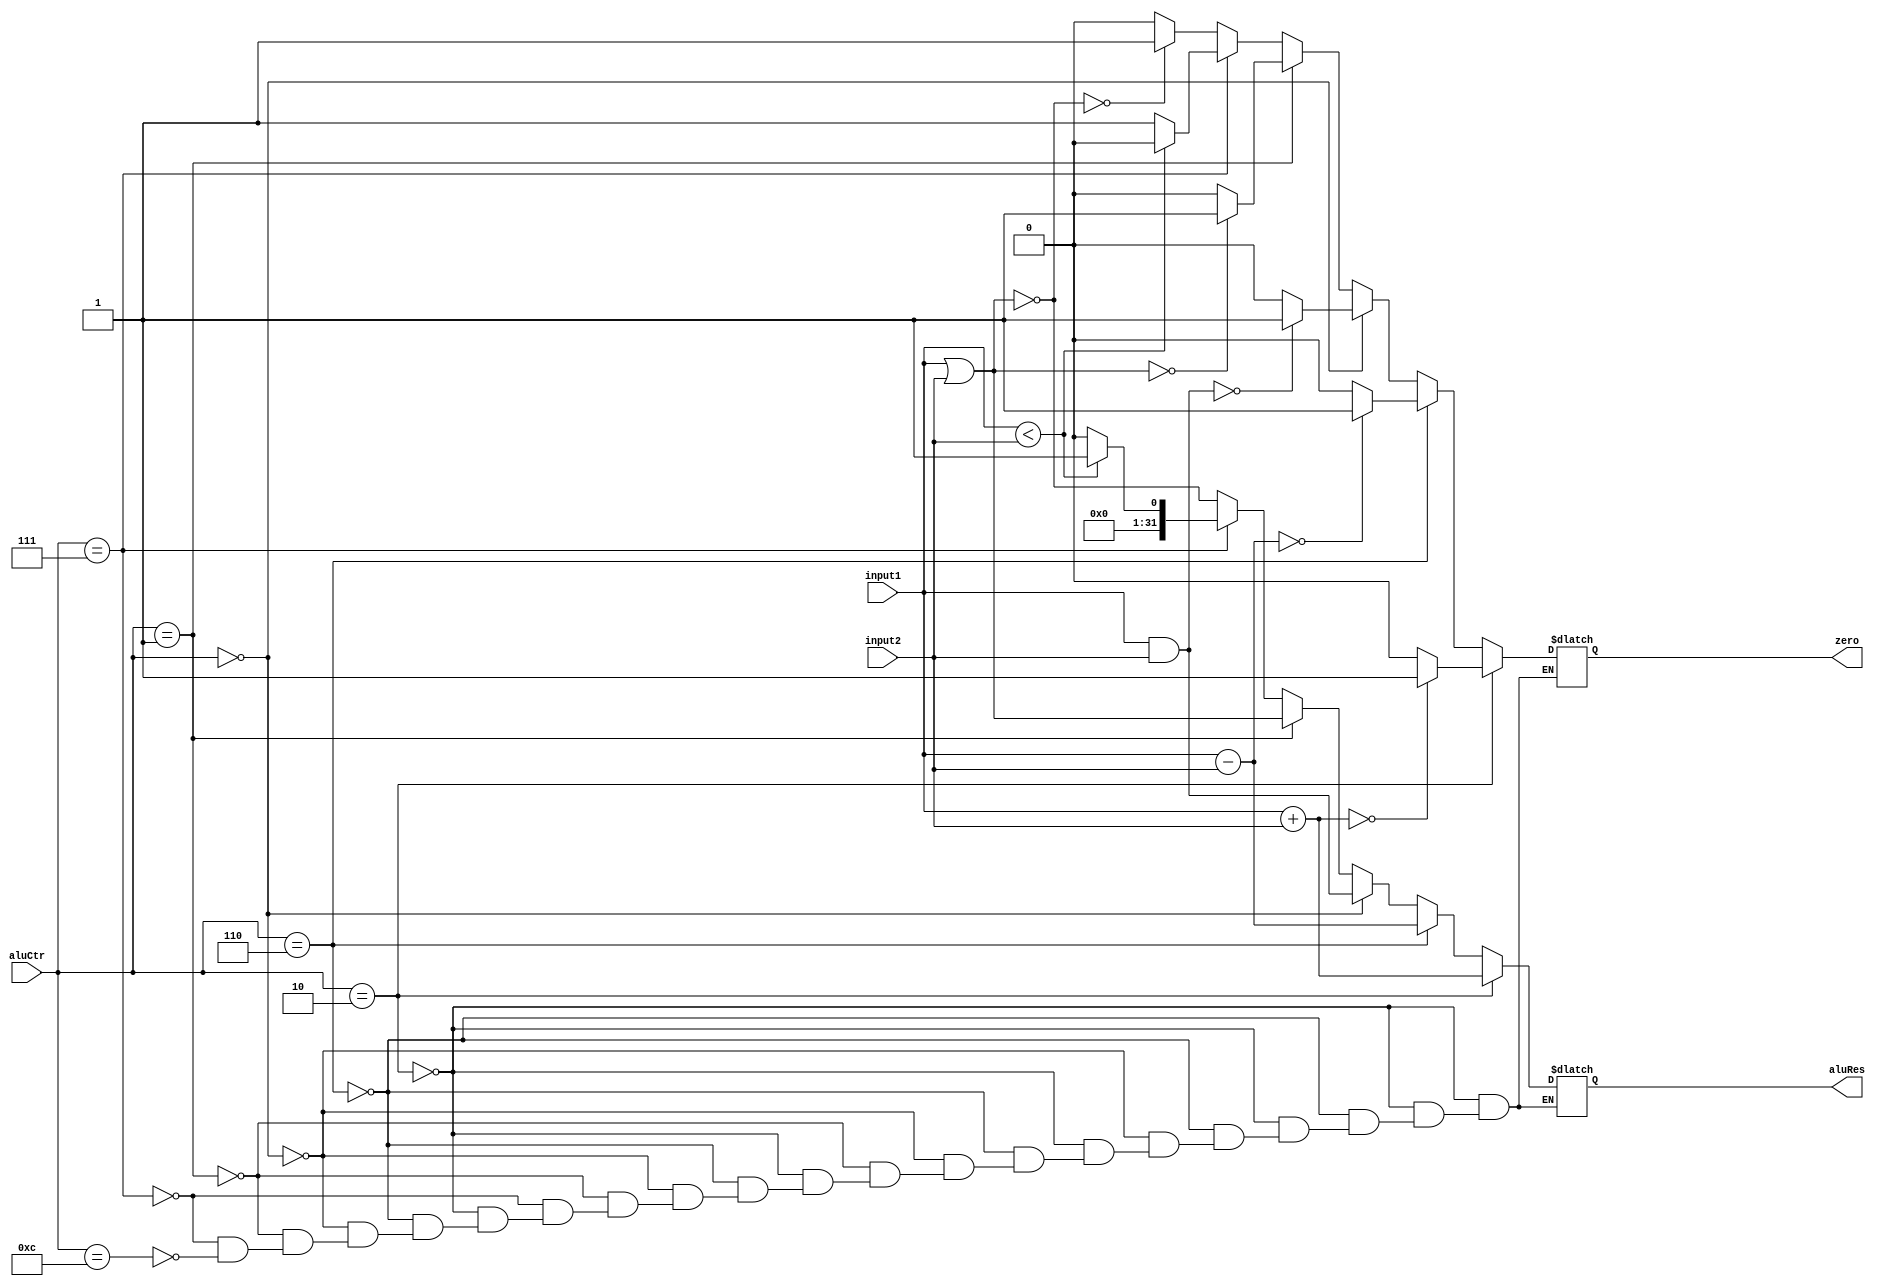
`timescale 1ns / 1ps
//////////////////////////////////////////////////////////////////////////////////
// Company: 
// Engineer: 
// 
// Design Name: 
// Module Name:    Alu 
// Project Name: 
// Target Devices: 
// Tool versions: 
// Description: 
//
// Dependencies: 
//
// Revision: 
// Revision 0.01 - File Created
// Additional Comments: 
//
//////////////////////////////////////////////////////////////////////////////////
module Alu(input1, input2, aluCtr, zero, aluRes);
    input [31:0] input1;
    input [31:0] input2;
    input [3:0] aluCtr;
    output zero;
    output [31:0] aluRes;
	 reg zero;
	 reg [31:0] aluRes;
	 
	 always @ (input1 or input2 or aluCtr)
	 begin
		if(aluCtr==4'b0010)
			begin
			aluRes = input1 + input2;
			if(aluRes==0)
				zero = 1;
			else
				zero = 0;
			end
		else if(aluCtr==4'b0110)
			begin
			aluRes = input1 - input2;
			if(aluRes==0)
				zero = 1;
			else
				zero = 0;
			end
		else if(aluCtr==4'b0000)
			begin
			aluRes = input1 & input2;
			if(aluRes==0)
				zero = 1;
			else
				zero = 0;
			end
		else if(aluCtr==4'b0001)
			begin
			aluRes = input1 | input2;
			if(aluRes==0)
				zero = 1;
			else
				zero = 0;
			end
		else if(aluCtr==4'b0111)
			begin
			aluRes = (input1 < input2);
			if(aluRes==1)
				begin
				aluRes = 1;
				zero = 0;
				end
			else
				begin
				aluRes = 0;
				zero = 1;
				end
			end
		else if(aluCtr==4'b1100)
			begin
			aluRes = ~(input1 | input2);
			if(aluRes==0)
				zero = 1;
			else
				zero = 0;
			end
	end



endmodule